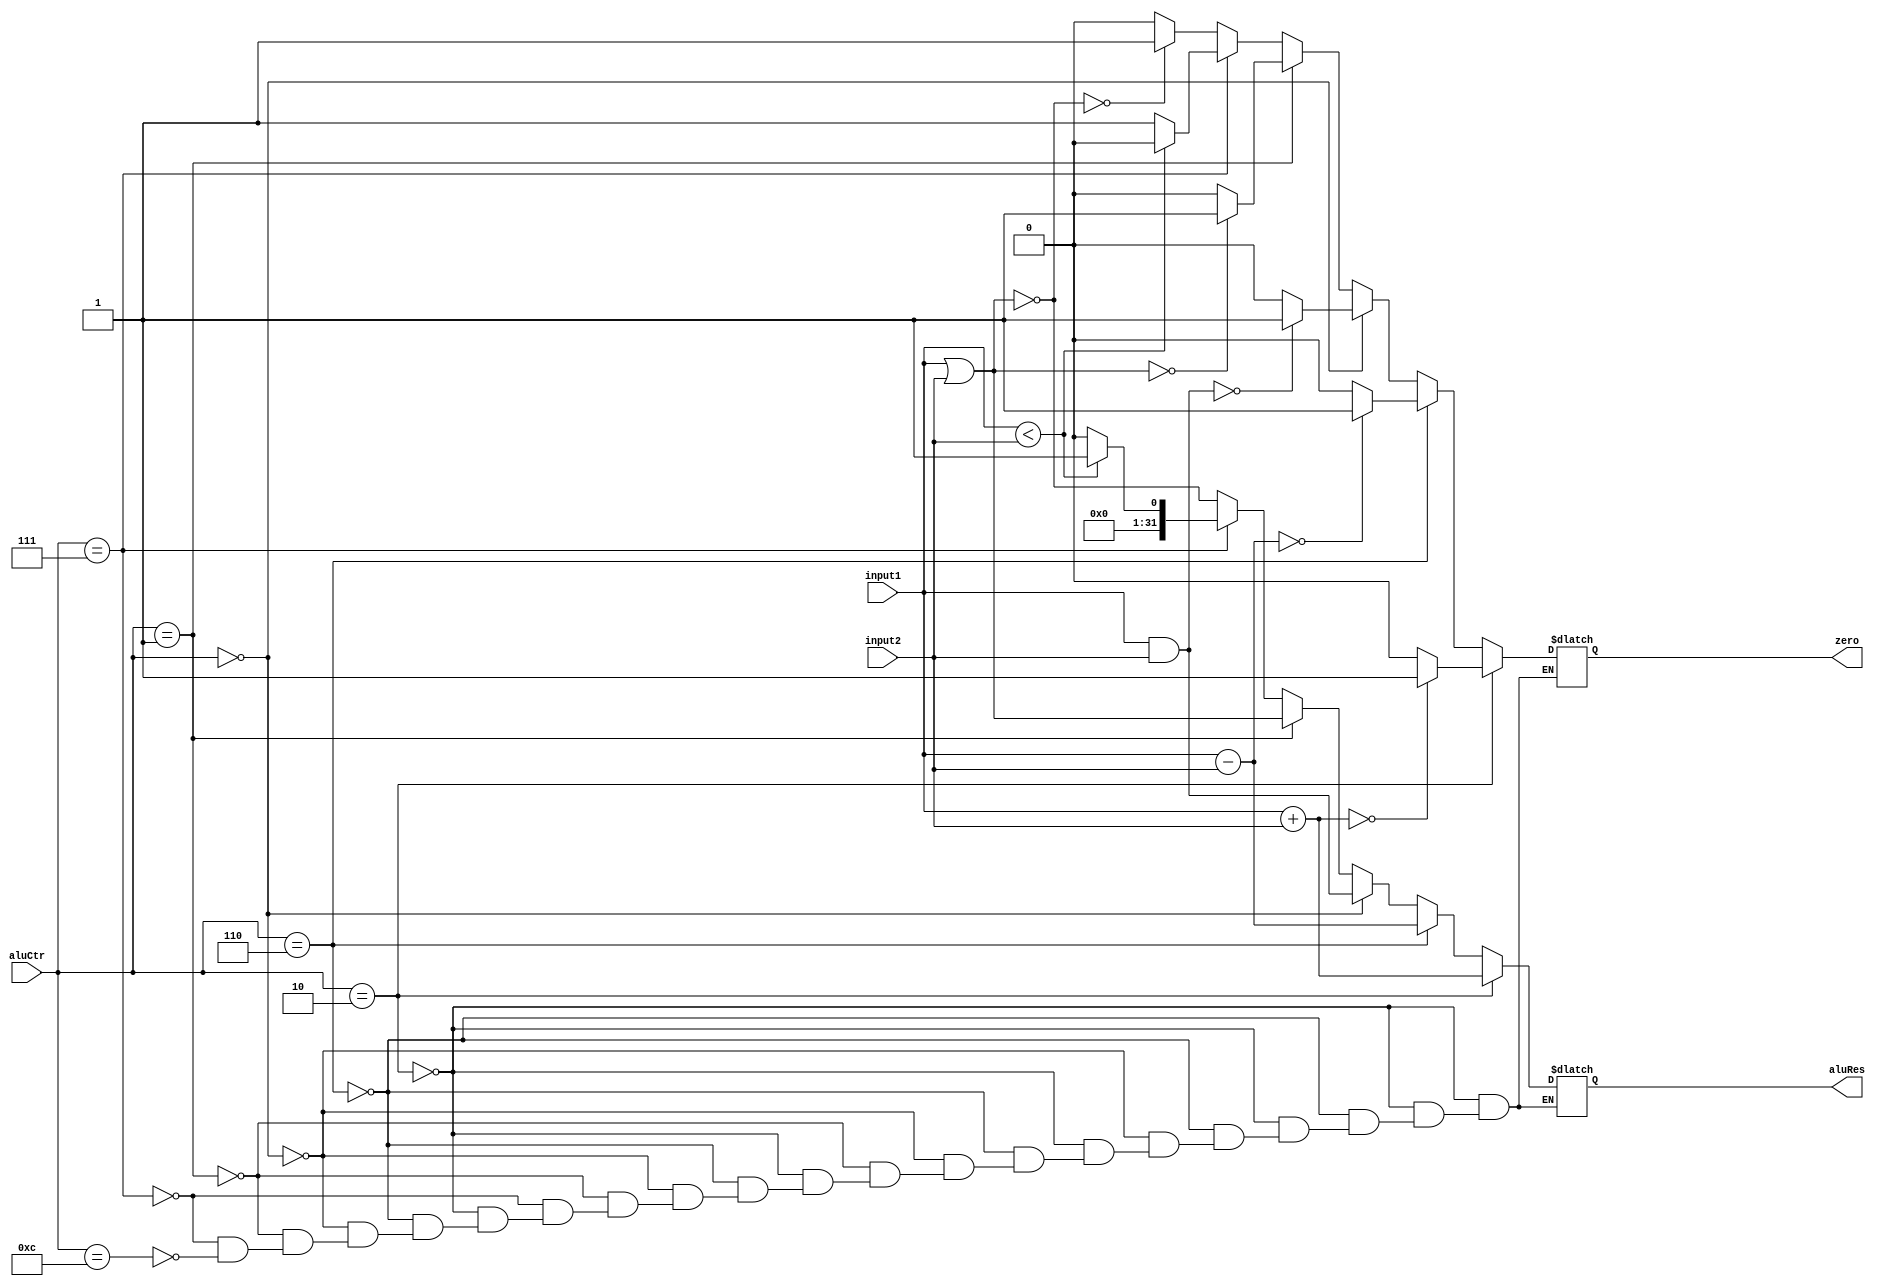
`timescale 1ns / 1ps
//////////////////////////////////////////////////////////////////////////////////
// Company: 
// Engineer: 
// 
// Design Name: 
// Module Name:    Alu 
// Project Name: 
// Target Devices: 
// Tool versions: 
// Description: 
//
// Dependencies: 
//
// Revision: 
// Revision 0.01 - File Created
// Additional Comments: 
//
//////////////////////////////////////////////////////////////////////////////////
module Alu(input1, input2, aluCtr, zero, aluRes);
    input [31:0] input1;
    input [31:0] input2;
    input [3:0] aluCtr;
    output zero;
    output [31:0] aluRes;
	 reg zero;
	 reg [31:0] aluRes;
	 
	 always @ (input1 or input2 or aluCtr)
	 begin
		if(aluCtr==4'b0010)
			begin
			aluRes = input1 + input2;
			if(aluRes==0)
				zero = 1;
			else
				zero = 0;
			end
		else if(aluCtr==4'b0110)
			begin
			aluRes = input1 - input2;
			if(aluRes==0)
				zero = 1;
			else
				zero = 0;
			end
		else if(aluCtr==4'b0000)
			begin
			aluRes = input1 & input2;
			if(aluRes==0)
				zero = 1;
			else
				zero = 0;
			end
		else if(aluCtr==4'b0001)
			begin
			aluRes = input1 | input2;
			if(aluRes==0)
				zero = 1;
			else
				zero = 0;
			end
		else if(aluCtr==4'b0111)
			begin
			aluRes = (input1 < input2);
			if(aluRes==1)
				begin
				aluRes = 1;
				zero = 0;
				end
			else
				begin
				aluRes = 0;
				zero = 1;
				end
			end
		else if(aluCtr==4'b1100)
			begin
			aluRes = ~(input1 | input2);
			if(aluRes==0)
				zero = 1;
			else
				zero = 0;
			end
	end



endmodule